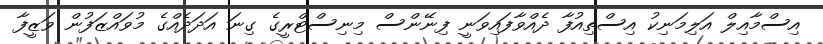
އިސްމާއިލް އަލިމަނިކު އިސްތިއުފާ ދެއްވާފައިވަނީ ފިނޭންސް މިނިސްޓްރީގެ ގިނަ އަދަދެއްގެ މުވައްޒަފުން ވަޒީފާ